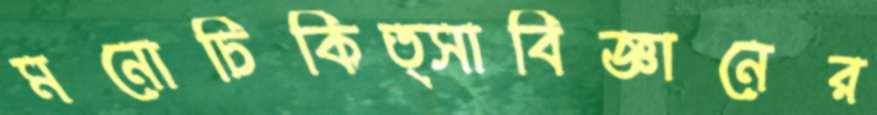
মনোচিকিত্সাবিজ্ঞানের